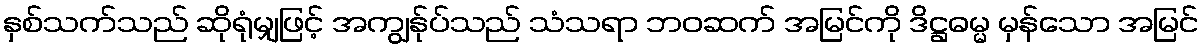
နှစ်သက်သည် ဆိုရုံမျှဖြင့် အကျွန်ုပ်သည် သံသရာ ဘဝဆက် အမြင်ကို ဒိဋ္ဌဓမ္မ မှန်သော အမြင်